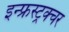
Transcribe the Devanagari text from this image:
इन्फ्रस्ट्रक्चर